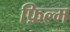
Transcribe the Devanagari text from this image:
फ़िल्म